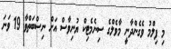
މި ފިލްމު ވެގެންދާނީ މާވެލްގެ ސިނެމެޓިކް ޔުނިވާސް އަށް ނިސްބަތްވާ 19 ވަނަ